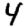
Digit: 4